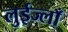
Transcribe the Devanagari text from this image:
लुईज्लाँ